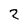
Character: 2